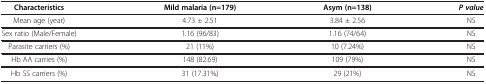
<table><thead><tr><td><b>Characteristics</b></td><td><b>Mild malaria (n=179)</b></td><td><b>Asym (n=138)</b></td><td><b><i>P value</i></b></td></tr></thead><tbody><tr><td>Mean age (year)</td><td>4.73 ± 2.51</td><td>3.84 ± 2.56</td><td>NS</td></tr><tr><td>Sex ratio (Male/Female)</td><td>1.16 (96/83)</td><td>1.16 (74/64)</td><td>NS</td></tr><tr><td>Parasite carriers (%)</td><td>21 (11%)</td><td>10 (7.24%)</td><td>NS</td></tr><tr><td>Hb AA carries (%)</td><td>148 (82.69)</td><td>109 (79%)</td><td>NS</td></tr><tr><td>Hb SS carriers (%)</td><td>31 (17.31%)</td><td>29 (21%)</td><td>NS</td></tr></tbody></table>